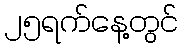
၂၅ရက်နေ့တွင်